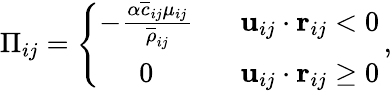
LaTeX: \Pi_{ij}=\left\{ \begin{array}{cr}{-\frac{\alpha\overline{{c}}_{ij}\mu_{ij}}{\overline{{\rho}}_{ij}}}&{\: \: \: \mathbf{u}_{ij}\cdot\mathbf{r}_{ij}<0}\\ {0}&{\: \: \: \mathbf{u}_{ij}\cdot\mathbf{r}_{ij}\geq 0}\end{array}\right.\, ,